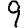
Digit: 9